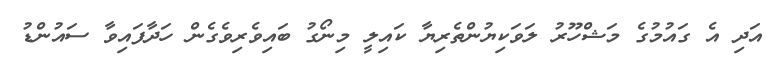
އަދި އެ ގައުމުގެ މަޝްހޫރު ލަވަކިޔުންތެރިޔާ ކައިލީ މިނޯގު ބައިވެރިވެގެން ހަދާފައިވާ ސައުންޑު